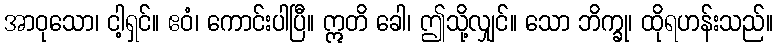
အာဝုသော၊ ငါ့ရှင်။ ဧဝံ၊ ကောင်းပါပြီ။ ဣတိ ခေါ၊ ဤသို့လျှင်။ သော ဘိက္ခု၊ ထိုရဟန်းသည်။